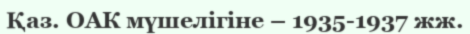
Қаз. ОАК мүшелігіне – 1935-1937 жж.